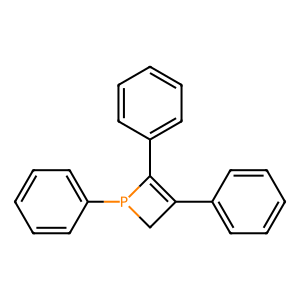
SMILES: c1ccc(C2=C(c3ccccc3)P(c3ccccc3)C2)cc1
Inhibits HIV replication: No